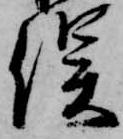
俣